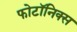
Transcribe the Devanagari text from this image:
फोटॉनिक्‍स